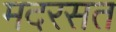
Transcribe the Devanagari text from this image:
मदरसत